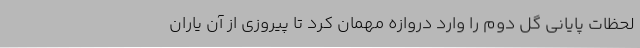
لحظات پایانی گل دوم را وارد دروازه مهمان کرد تا پیروزی از آن یاران